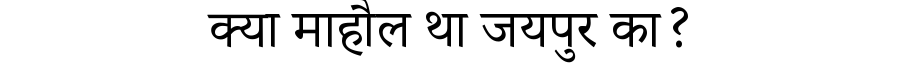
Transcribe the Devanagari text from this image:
क्या माहौल था जयपुर का?